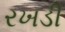
રખડી